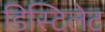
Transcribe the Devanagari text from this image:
डिस्टिलेट